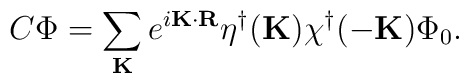
C\Phi = \sum_{\bf K} e^{i {\bf K \cdot R}}\eta^\dagger({\bf K}) \chi^\dagger({\bf -K})  \Phi_0.